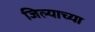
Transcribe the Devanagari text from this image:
जिल्याच्या